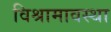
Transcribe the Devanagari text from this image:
विश्रामावस्था